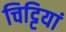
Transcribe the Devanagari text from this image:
चिट्टियां